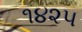
૧૪૨૫